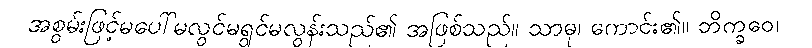
အစွမ်းဖြင့်မပေါ်မလွင်မရွင်မလွန်းသည်၏ အဖြစ်သည်။ သာဓု၊ ကောင်း၏။ ဘိက္ခဝေ၊